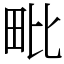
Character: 毗